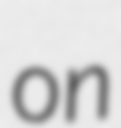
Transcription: on